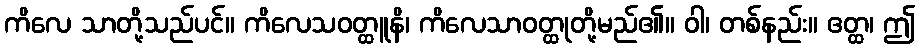
ကိလေ သာတို့သည်ပင်။ ကိလေသဝတ္ထူနိ၊ ကိလေသာဝတ္ထုတို့မည်၏။ ဝါ၊ တစ်နည်း။ ဧတ္ထ၊ ဤ